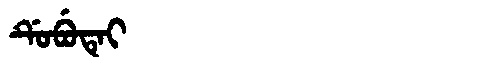
Manchu: ᡩᡠᠪᡠᡨᡝᡳ
Romanization: DUBUTEI